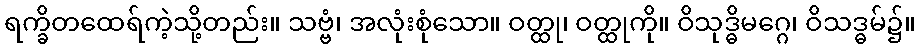
ရက္ခိတထေရ်ကဲ့သို့တည်း။ သဗ္ဗံ၊ အလုံးစုံသော။ ဝတ္ထု၊ ဝတ္ထုကို။ ဝိသုဒ္ဓိမဂ္ဂေ၊ ဝိသဒ္ဓမ်၌။